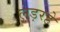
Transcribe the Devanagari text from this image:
लड़रहे